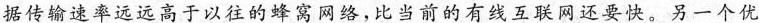
据传输速率远远高于以往的蜂窝网络，比当前的有线互联网还要快。另一个优